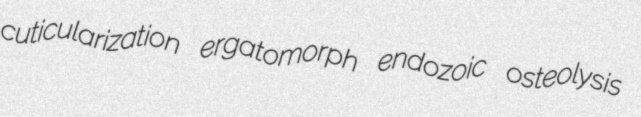
cuticularization ergatomorph endozoic osteolysis